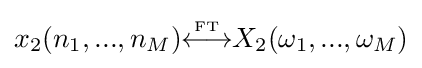
x_{2}(n_{1},...,n_{M}){\overset {\underset {\mathrm {FT} }{}}{\longleftrightarrow }}X_{2}(\omega _{1},...,\omega _{M})